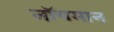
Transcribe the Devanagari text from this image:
नॉयमान